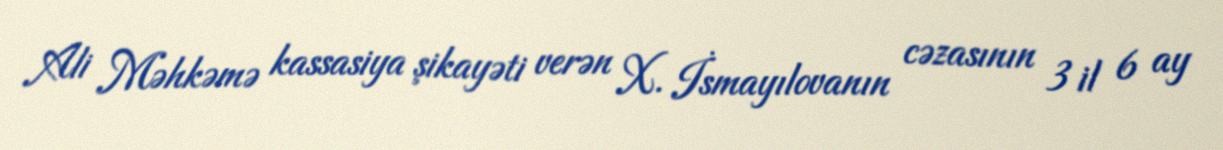
Ali Məhkəmə kassasiya şikayəti verən X. İsmayılovanın cəzasının 3 il 6 ay